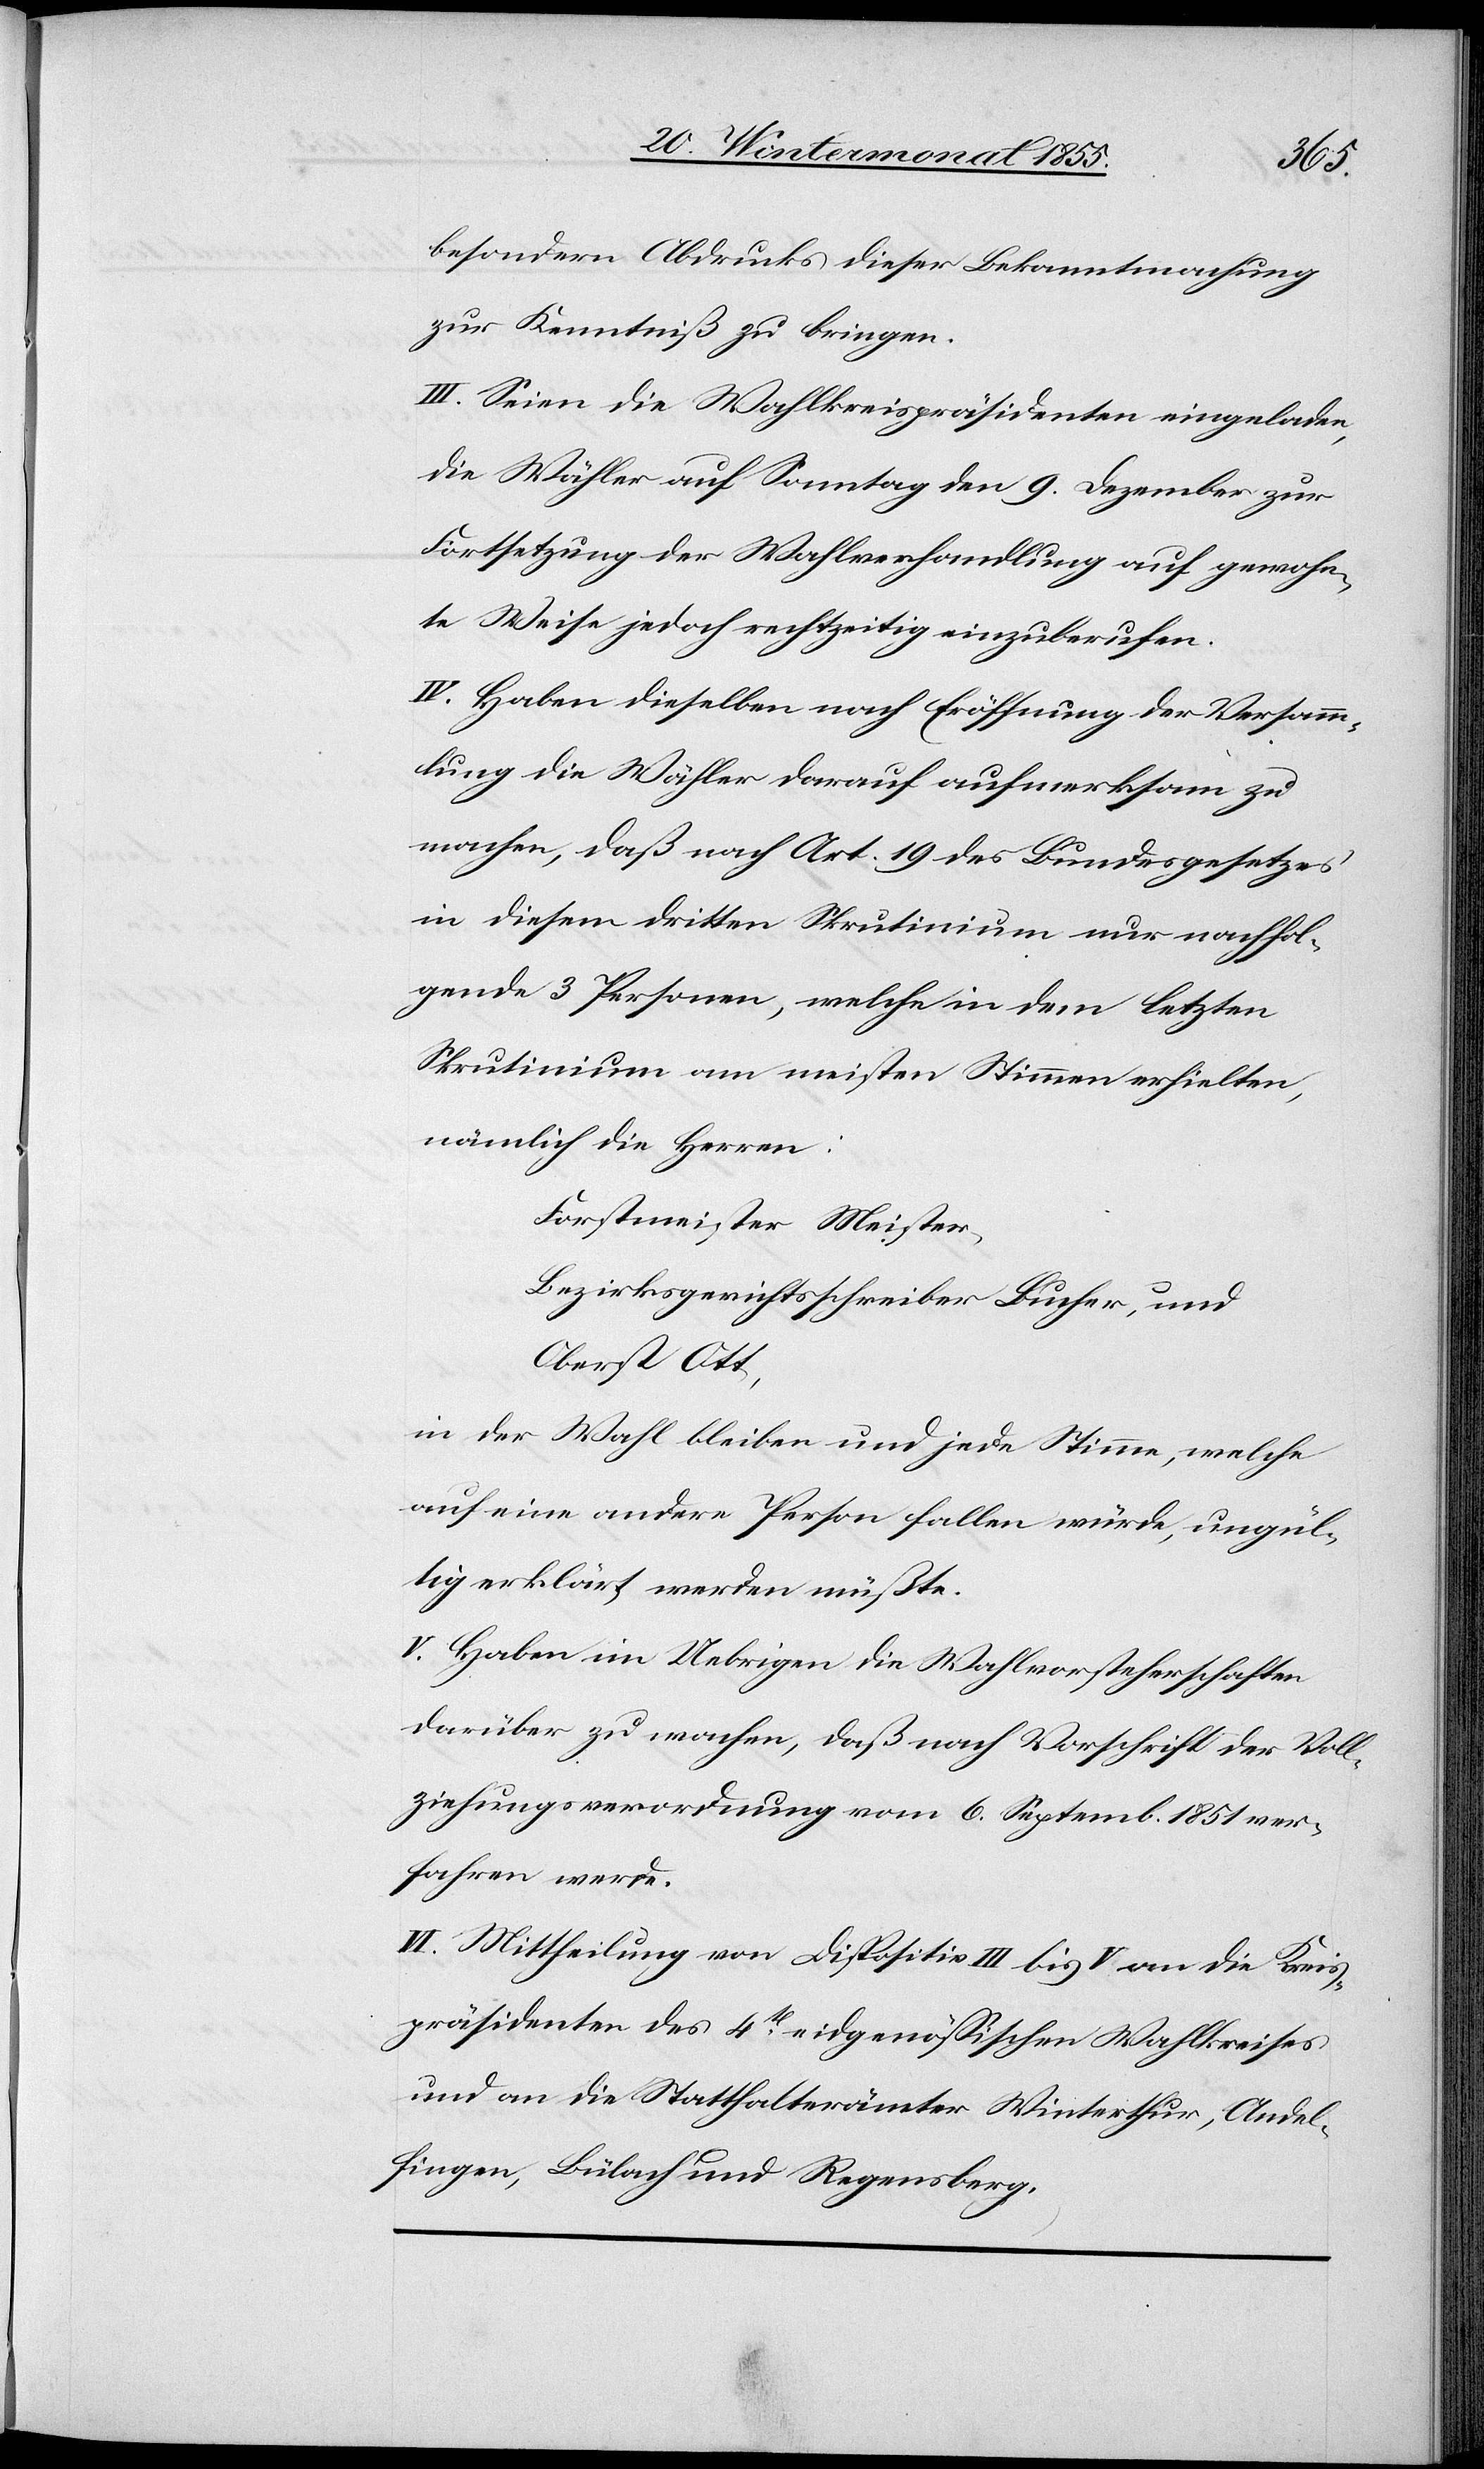
besondern Abdrucks dieser Bekanntmachung
zur Kenntniß zu bringen.
III. Seien die Wahlkreispräsidenten eingeladen,
die Wähler auf Sonntag den 9. Dezember zur
Fortsetzung der Wahlverhandlung auf gewohn¬
te Weise jedoch rechtzeitig einzuberufen.
IV. Haben dieselben nach Eröffnung der Versamm¬
lung die Wähler darauf aufmerksam zu
machen, daß nach Art. 19 des Bundesgesetzes
in diesem dritten Skrutinium nur nachfol¬
gende 3 Personen, welche in dem letzten
Skrutinium am meisten Stimmen erhielten,
nämlich die Herren:
Forstmeister Meister,
Bezirksgerichtsschreiber Bucher, und
Oberst Ott,
in der Wahl bleiben und jede Stimme, welche
auf eine andere Person fallen würde, ungül¬
tig erklärt werden müßte.
V. Haben im Uebrigen die Wahlvorsteherschaften
darüber zu wachen, daß nach Vorschrift der Voll¬
ziehungsverordnung vom 6. Septemb. 1851 ver¬
fahren werde.
VI. Mittheilung von Dispositiv III bis V an die Kreis¬
präsidenten des 4t eidgenössischen Wahlkreises
und an die Statthalterämter Winterthur, Andel¬
fingen, Bülach und Regensberg.